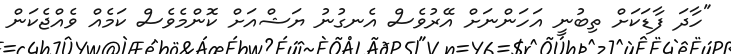
"ހާދަ ފާޑަކަށް ތިބުނީ އަހަންނަށް އޭރުވެސް އެނގުނު ޔަޝްއަށް ކޮންމެވެސް ކަމެއް ވެއްޖެކަން